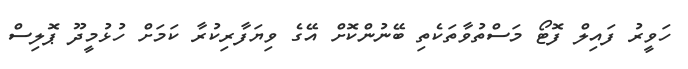
ހަވީރު ފައިލް ފޮޓޯ މަސްތުވާތަކެތި ބޭނުންކޮށް އޭގެ ވިޔަފާރިކުރާ ކަމަށް ހުޅުމީދޫ ޕޮލިސް